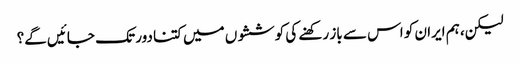
لیکن، ہم ایران کو اس سے باز رکھنے کی کوششوں میں کتنا دور تک جائیں گے؟